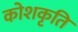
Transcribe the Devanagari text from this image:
कोशकृति